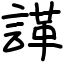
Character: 諽